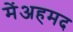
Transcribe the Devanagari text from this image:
मेंअहमद